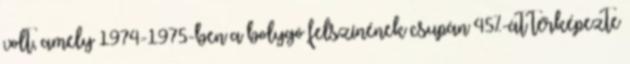
volt, amely 1974-1975-ben a bolygó felszínének csupán 45%-át térképezte